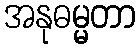
အနုဓမ္မတာ